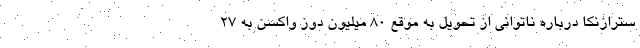
سترازنکا درباره ناتوانی از تحویل به موقع ۸۰ میلیون دوز واکسن به ۲۷